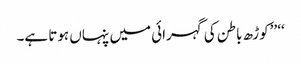
‘‘ ’’کوڑھ باطن کی گہرائی میں پنہاں ہوتا ہے۔